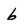
Character: 6